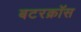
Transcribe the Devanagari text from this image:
बटरक्रॉस